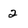
Character: 2